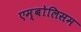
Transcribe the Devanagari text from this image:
एम्बोलिसम